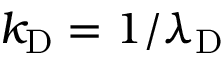
k _ { \mathrm { { D } } } = 1 / \lambda _ { \mathrm { { D } } }